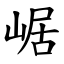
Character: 崌